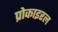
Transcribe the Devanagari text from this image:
प्रोकाइरल